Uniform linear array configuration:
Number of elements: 8
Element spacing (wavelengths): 1
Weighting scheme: blackman
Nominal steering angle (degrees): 30
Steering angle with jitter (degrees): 30.005
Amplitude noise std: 0.05
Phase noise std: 0.05

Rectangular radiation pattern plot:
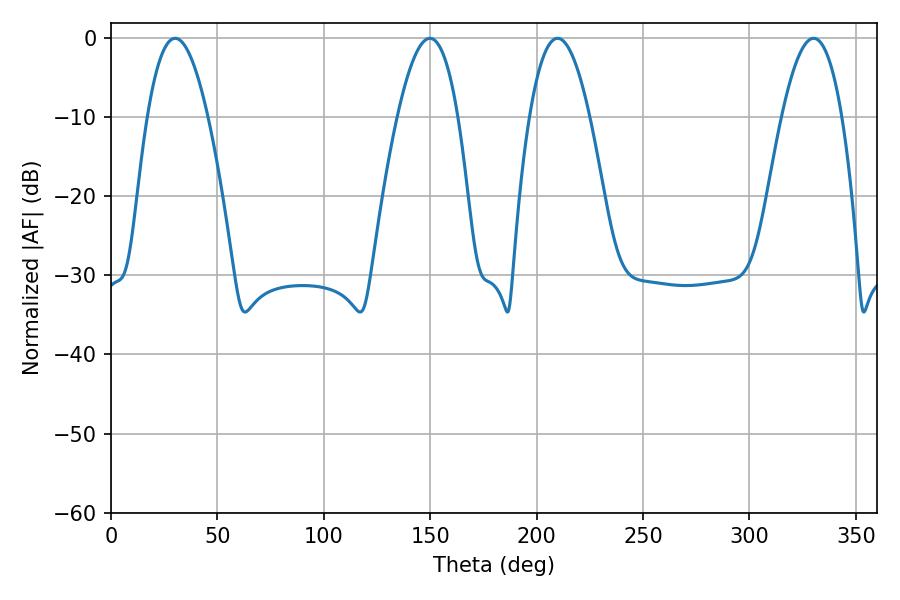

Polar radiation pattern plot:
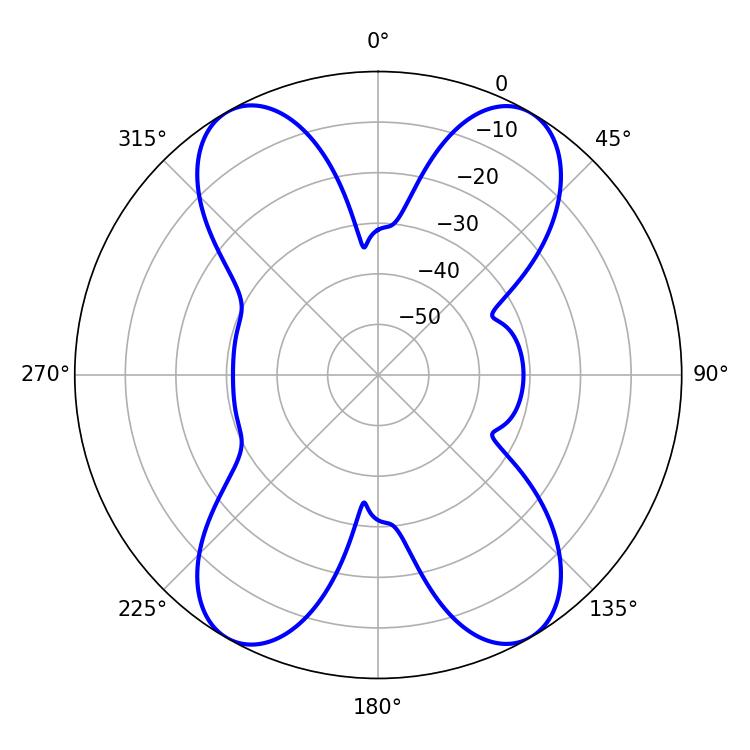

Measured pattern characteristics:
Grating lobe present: TRUE
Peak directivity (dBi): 26.643
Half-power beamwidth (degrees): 15.66
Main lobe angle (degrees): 209.88